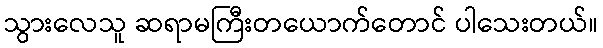
သွားလေသူ ဆရာမကြီးတယောက်တောင် ပါသေးတယ်။